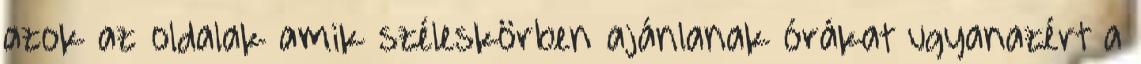
azok az oldalak amik széleskörben ajánlanak órákat ugyanazért a